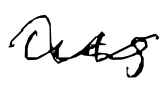
Text: was
Cross-out: wave
Writing tool: digital_black